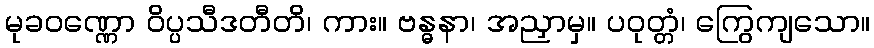
မုခဝဏ္ဏော ဝိပ္ပသီဒတီတိ၊ ကား။ ဗန္ဓနာ၊ အညှာမှ။ ပဝုတ္တံ၊ ကြွေကျသော။